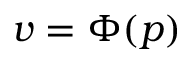
v = \Phi ( p )